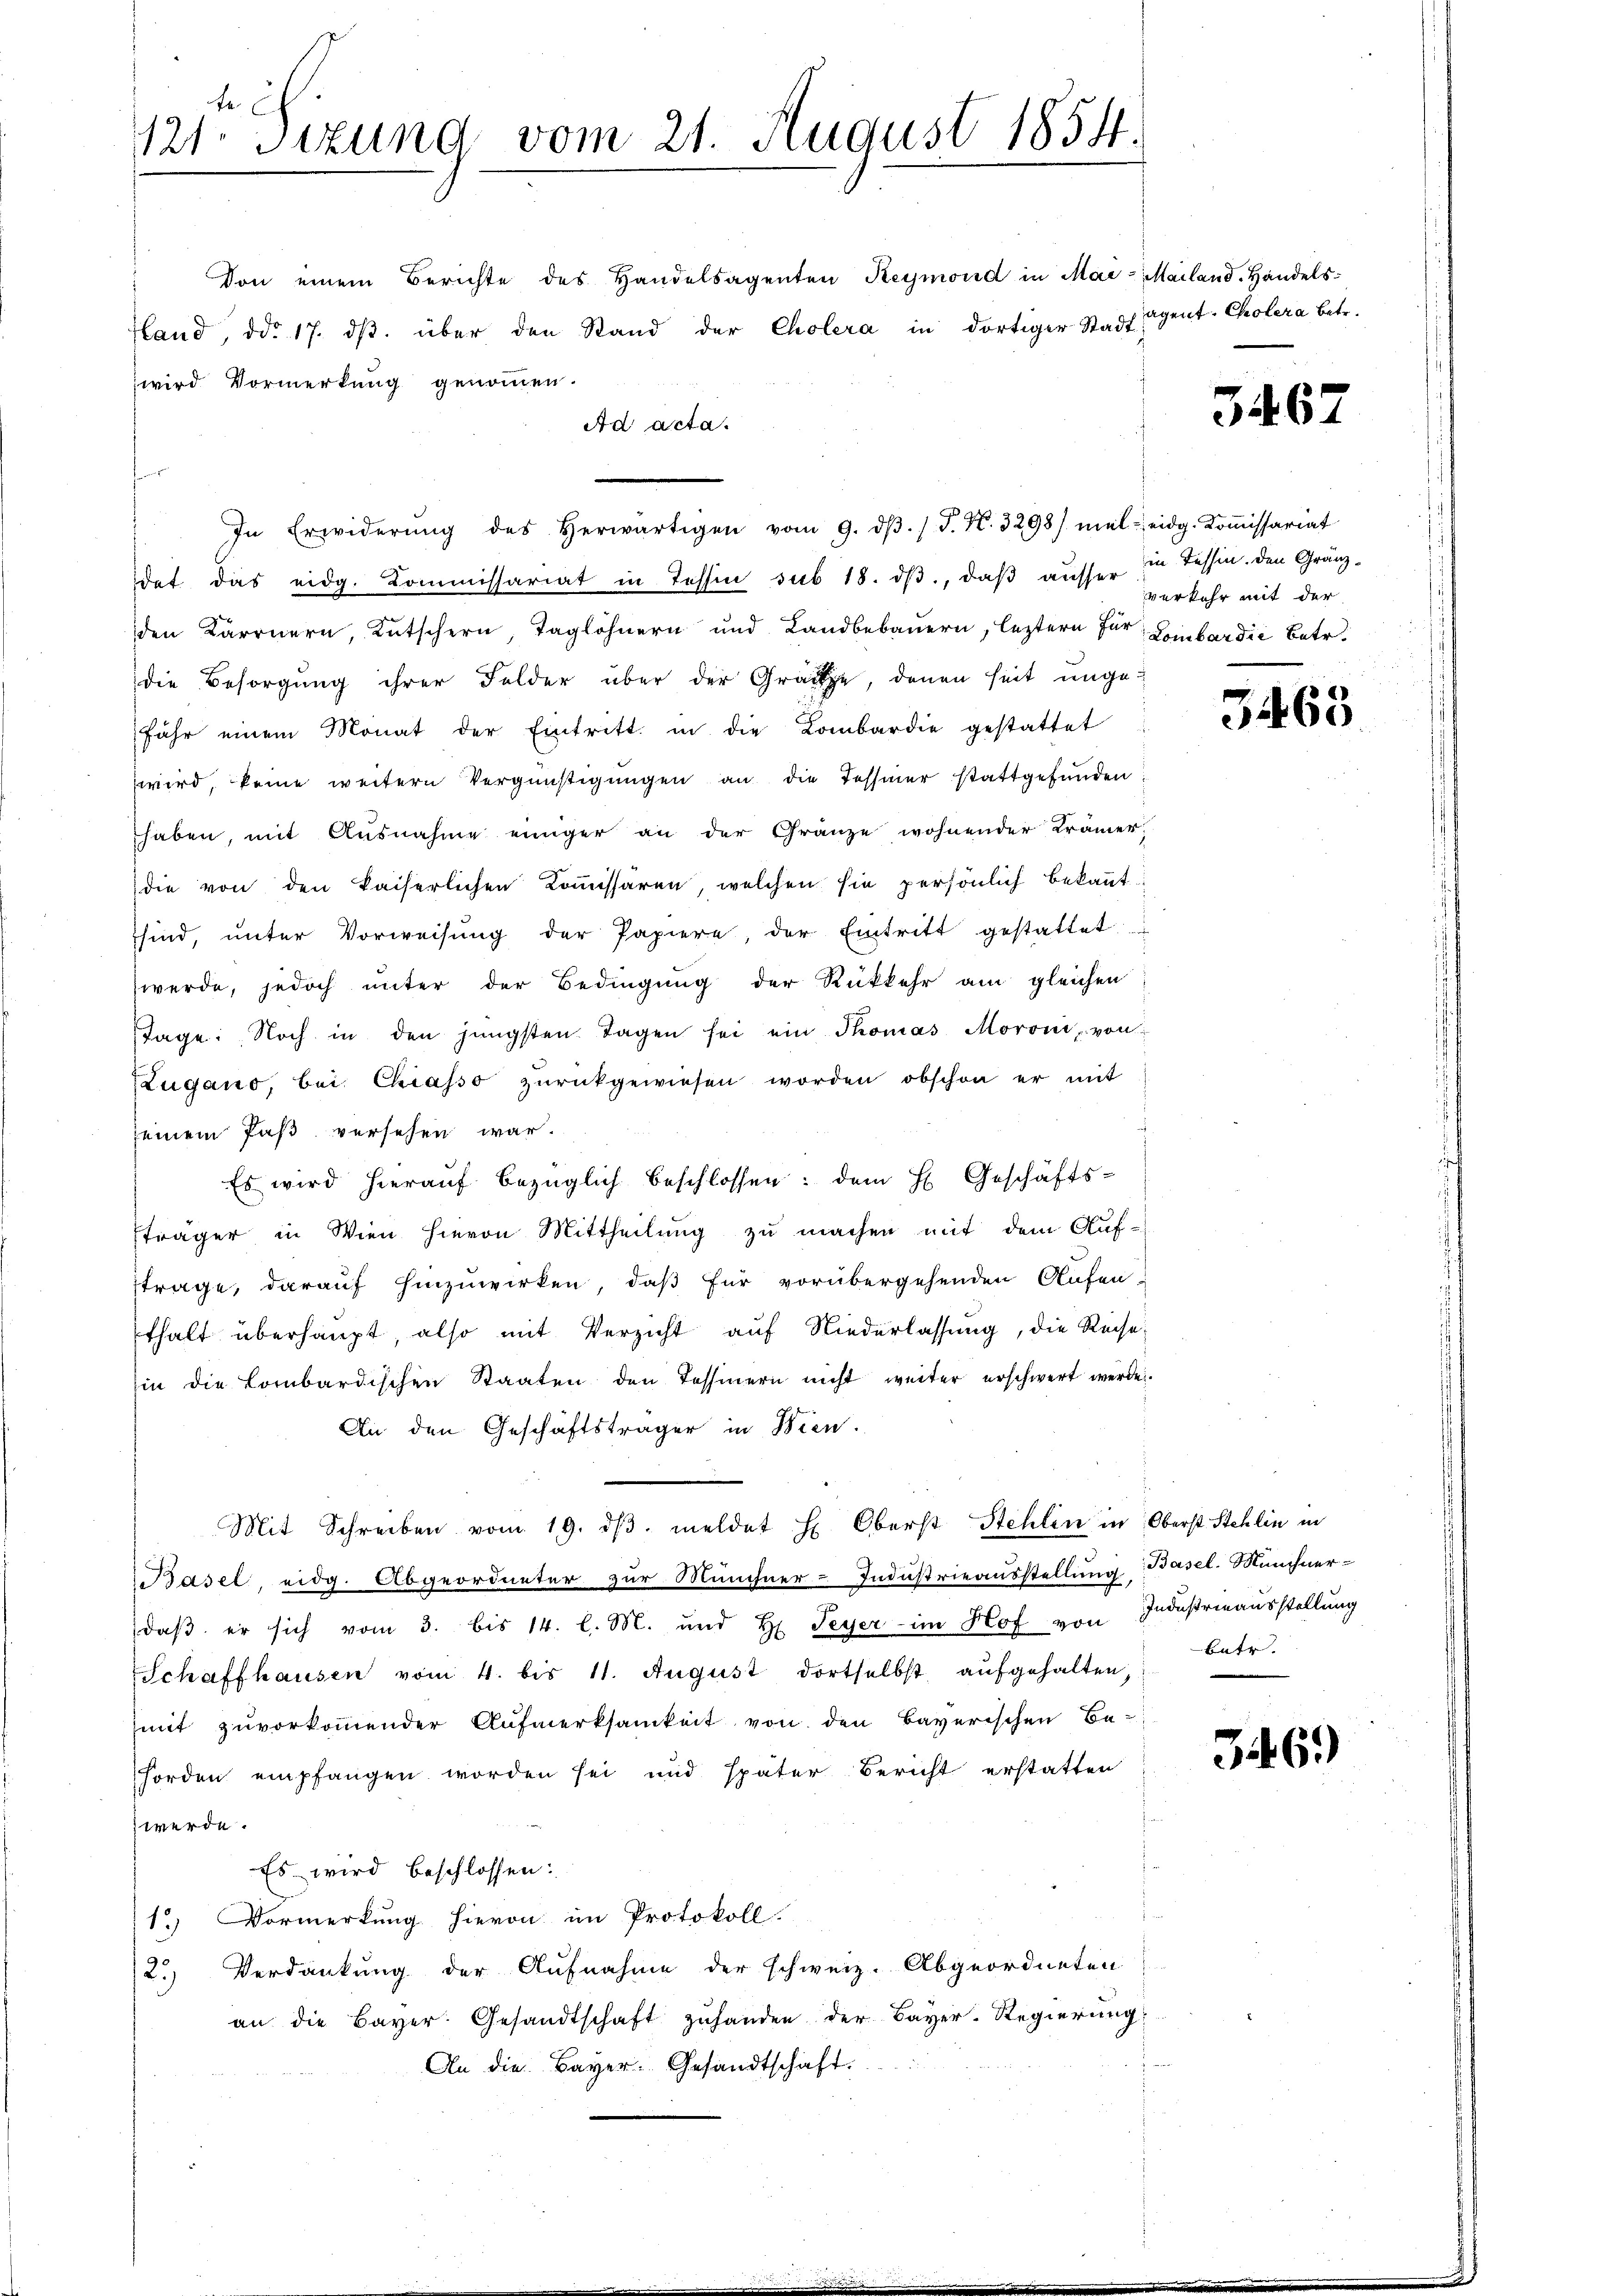
121. Sizung vom 21. August 1854.

Von einem Berichte des Handelsagenten Reymond in Mai- Mailand. Handels-
Hand, ddo 17. dβ über den Stand der Cholera in dortiger Stadt
wird Vormerkung genommen.
Ad acta.

In Erwiderŭng des herwärtigen vom 9. dβ. / P. Nr. 3298) mal eidg. Koṁissariat
dat das eidg. Kommissariat in Tessin sub 18. dβ, daß ausser in Tessin. Den Gränzden Karrnern, Kutschern, Taglöhnern und Landbebauern, letztern für Lombardie Betr.
die Besorgung ihrer Felder über der Grade, denen seit ungefähr einem Monat der Eintritt in die Lombardie gestattet
wird, keine weitern Vergünstigungen an die Tessiner stattgefunden
haben, mit Ausnahme einiger an der Gränze wohnender Krämer,
die von den kaiserlichen Commissären, welchen sie persönlich bekannt:
sind, ŭnter Vorweisŭng der Papiere, der Eintritt gestattet
werde, jedoch unter der Bedingŭng der Rükkehr am gleichen
Tage: Noch in den jüngsten Tagen sei ein Thomas Moroni, von
ZZugano, bei Chiasso zŭrückgewiesen worden obschon er mit
seinem Paß versehen war.
Es wird hieraŭf bezüglich beschlossen: dem H. Geschäfts-
sträger in Wien hievon Mittheilung zu machen mit dem Auf-
ftrage, darauf hinzuwirken, daß für vorübergehenden Aufen-
thalt überhaupt, also mit Verzicht auf Niederlassung, die Reisein die Combardischen Staaten den Tessinern nicht weiter erschwert werde.
An den Geschäftsträger in Bien.
Mit Schreiben vom 19. dβ meldet H: Oberst Stehlin in Oberst Stehlin in
Basel, eidg. Abgeordneter zur Münchner-Industrieausstellung Basel. Münchner-
daß er sich vom 3. bis 14. l. M. und H. Peyer im Hof von Industrenausstellung
Schaffhausen vom 4. bis 11. August dortselbst aufgehalten,
mit zuvorkommender Aufmerksamkeit von den Bayerischen Be¬
Forden empfangen worden sei und später Bericht erstatten
werde.
Es wird beschlossen:
1.) Vormerkung hievon im Protokoll.
Verdankung der Aufnahme der schweiz. Abgeordneten
123.
an die Bayer. Gesandtschaft zŭ handen der Bayer-Regierŭng
An die Bayer. Gesandtschaft.

agent. Cholera betr.

3467

verkehr mit der

3463.

Batr.

36.)